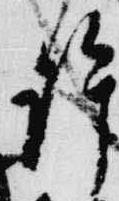
許